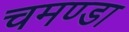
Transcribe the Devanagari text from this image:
चमण्डा